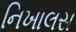
નિખાલસ